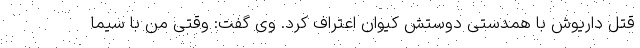
قتل داریوش با همدستی دوستش کیوان اعتراف کرد. وی گفت: وقتی من با سیما